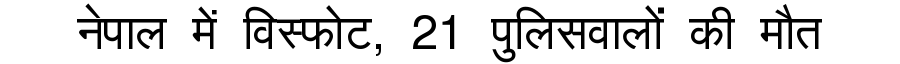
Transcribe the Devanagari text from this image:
नेपाल में विस्फोट, 21 पुलिसवालों की मौत